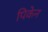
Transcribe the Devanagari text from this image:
पिकेन